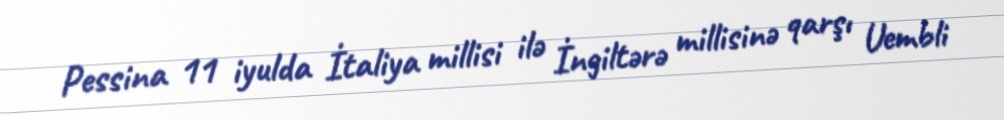
Pessina 11 iyulda İtaliya millisi ilə İngiltərə millisinə qarşı Uembli